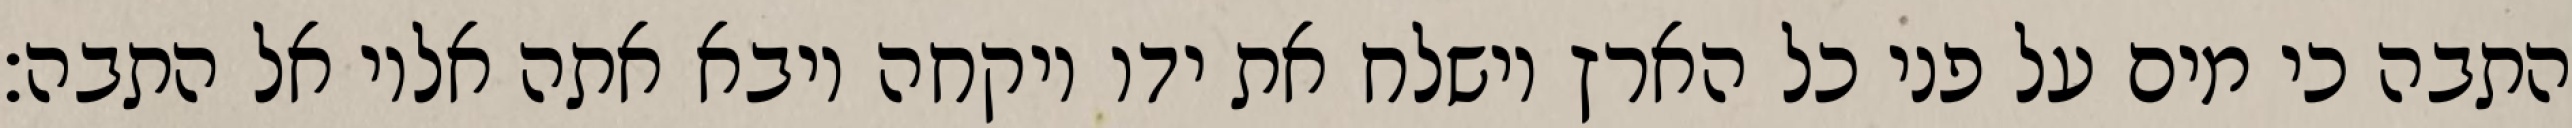
התבה כי מים על פני כל הארץ וישלח את ידו ויקחה ויבא אתה אליו אל התבה׃